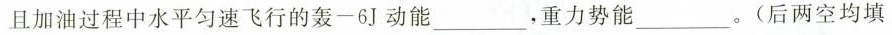
且加油过程中水平匀速飞行的轰一6J动能___，重力势能___。(后两空均填